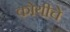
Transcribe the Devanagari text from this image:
कोयीचे